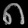
Digit: ၈